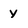
Character: y